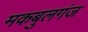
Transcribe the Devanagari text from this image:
मकबुलगंज